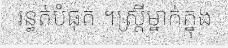
រន្ធត់បំផុត ។ស្ត្រីម្នាក់ក្នុង